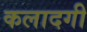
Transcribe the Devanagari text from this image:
कलादगी